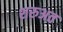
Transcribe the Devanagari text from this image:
शरुअत